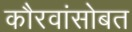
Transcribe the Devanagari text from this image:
कौरवांसोबत